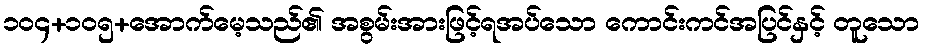
၁၀၄+၁၀၅+အောက်မေ့သည်၏ အစွမ်းအားဖြင့်ရအပ်သော ကောင်းကင်အပြင်နှင့် တူသော